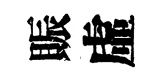
賑虛